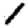
Digit: 1